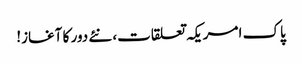
پاک امریکہ تعلقات، نئے دور کا آغاز!